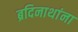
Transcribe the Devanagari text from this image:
ब्रदिनाथांना